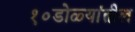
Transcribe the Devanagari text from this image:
१०डोळ्यांतील